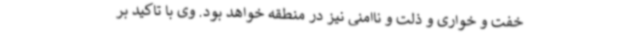
خفت و خواری و ذلت و ناامنی نیز در منطقه خواهد بود. وی با تاکید بر